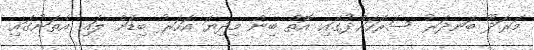
މަރަދޫ ބަނދަރު ސަރަހައްދުގައި އޮތް ބިން މިދިޔަ އަހަރު ބިޑަށް ލައި އެތަނުގައި